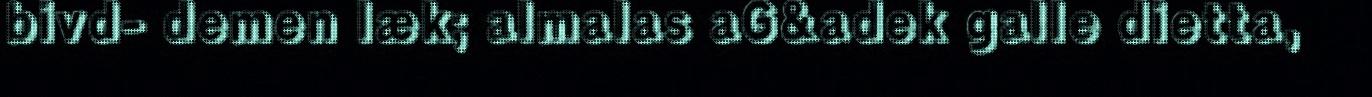
bivd- demen læk; almalas aG&adek galle dietta,